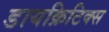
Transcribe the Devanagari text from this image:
डायक्रिटिक्स